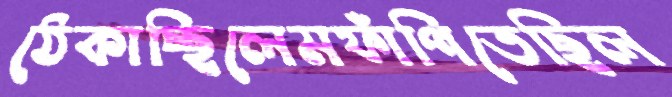
ঠেকাচ্ছিলেমফাঁপিতেছিল